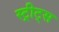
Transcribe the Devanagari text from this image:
स्ट्रीट्‌स